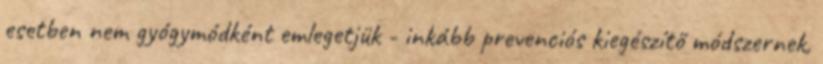
esetben nem gyógymódként emlegetjük - inkább prevenciós kiegészítő módszernek,